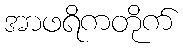
အာဖရိကတိုက်